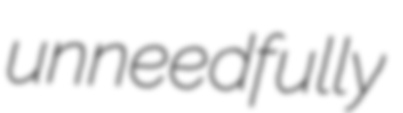
unneedfully